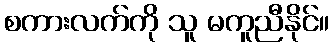
စကားလက်ကို သူ မကူညီနိုင်။